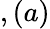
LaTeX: ,(a)